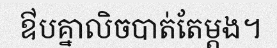
ឳបគ្នាលិចបាត់តែម្តង។